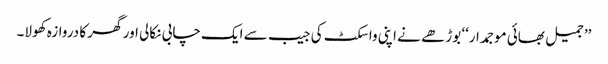
’’جمیل بھائی موجمدار‘‘ بوڑھے نے اپنی واسکٹ کی جیب سے ایک چابی نکالی اور گھر کا دروازہ کھولا۔